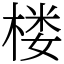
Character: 楼